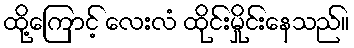
ထို့ကြောင့် လေးလံ ထိုင်းမှိုင်းနေသည်။